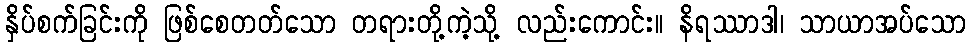
နှိပ်စက်ခြင်းကို ဖြစ်စေတတ်သော တရားတို့ကဲ့သို့ လည်းကောင်း။ နိရဿာဒါ၊ သာယာအပ်သော